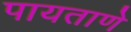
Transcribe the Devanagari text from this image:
पायताणे